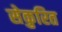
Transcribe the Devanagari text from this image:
सेकुरित